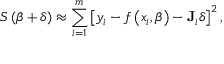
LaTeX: S \left( { \boldsymbol { \beta } } + { \boldsymbol { \delta } } \right) \approx \sum _ { i = 1 } ^ { m } \left[ y _ { i } - f \left( x _ { i } , { \boldsymbol { \beta } } \right) - \mathbf { J } _ { i } { \boldsymbol { \delta } } \right] ^ { 2 } ,